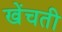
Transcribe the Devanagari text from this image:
खेंचती